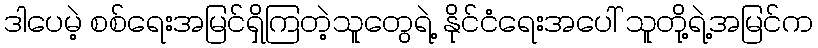
ဒါပေမဲ့ စစ်ရေးအမြင်ရှိကြတဲ့သူတွေရဲ့ နိုင်ငံရေးအပေါ် သူတို့ရဲ့အမြင်က